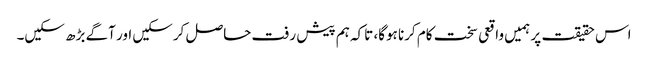
اس حقیقت پر ہمیں واقعی سخت کام کرنا ہوگا، تاکہ ہم پیش رفت حاصل کرسکیں اور آگے بڑھ سکیں۔